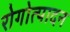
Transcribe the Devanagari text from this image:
रोगोत्पादन